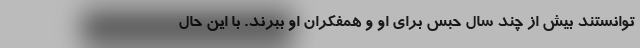
توانستند بیش از چند سال حبس برای او و همفکران او ببُرند. با این حال